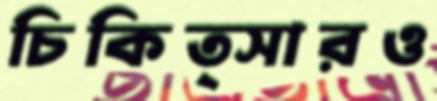
চিকিত্সারও